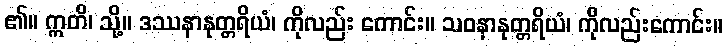
၏။ ဣတိ၊ သို့။ ဒဿနာနုတ္တရိယံ၊ ကိုလည်း ကောင်း။ သဝနာနုတ္တရိယံ၊ ကိုလည်းကောင်း။